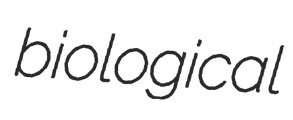
biological